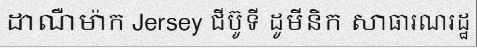
ដាណឺម៉ាក Jersey ជីប៊ូទី ដូមីនិក សាធារណរដ្ឋ